Report on the working of the mental hospitals for Indians in Bihar and Orissa - 1925-1929
Year: 1925
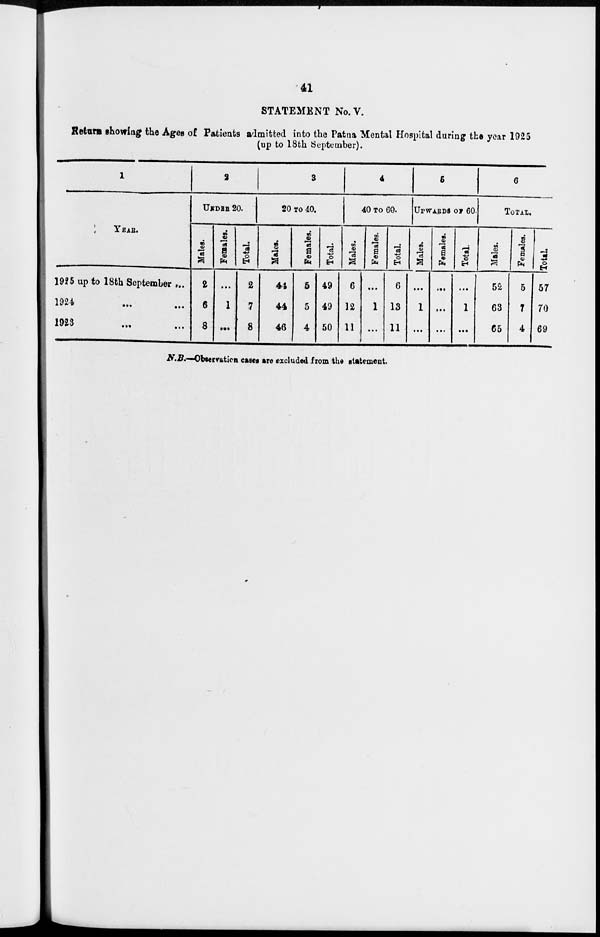
41
STATEMENT No.V.
Return showing the Ages of Patients admitted into the Patna Mental Hospital during the year 1925
(up to 18th September).
1
YEAR.
1925 up to 18th September ...
1924 ... ...
1923 ... ...
2
UNDER 20.
Males.
2
6
8
Females.
...
1
...
Total.
2
7
8
3
20 TO 40.
Males.
44
44
46
Females.
5
5
4
Total.
49
49
50
4
40 TO 60.
Males.
6
12
11
Females.
...
1
...
Total.
6
13
11
5
UPWARDS OF 60.
Males.
...
1
...
Females.
...
...
...
Total.
...
1
...
6
TOTAL.
Males.
52
63
65
Females.
5
7
4
Total.
57
70
69
N.B.—Observation cases are excluded from the statement.